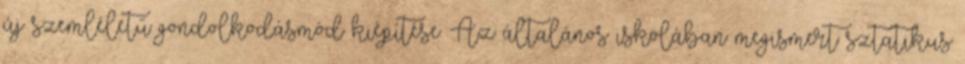
új szemléletű gondolkodásmód kiépítése. Az általános iskolában megismert sztatikus